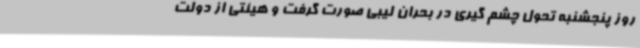
روز پنجشنبه تحول چشم گیری در بحران لیبی صورت گرفت و هیئتی از دولت